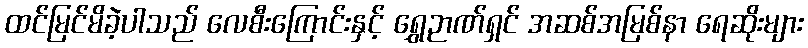
ထင်မြင်မိခဲ့ပါသည် လေစီးကြောင်းနှင့် ရွှေဉာဏ်ရှင် အဆစ်အမြစ်နာ ရေဆိုးများ